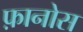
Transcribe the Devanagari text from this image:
फ़ानोस